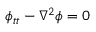
\phi _ { t t } - \nabla ^ { 2 } \phi = 0